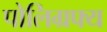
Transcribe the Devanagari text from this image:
पोलिग्रफ्य